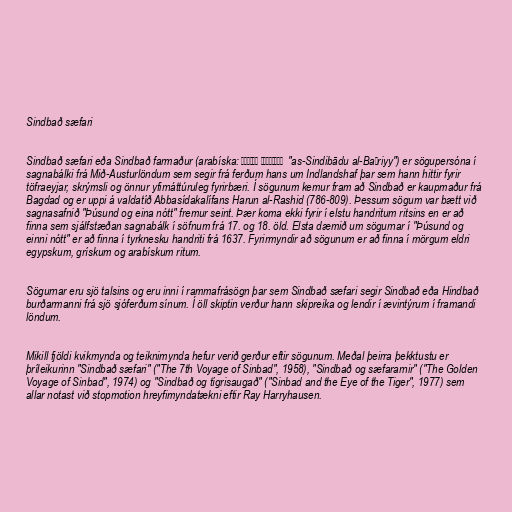
Sindbað sæfari

Sindbað sæfari eða Sindbað farmaður (arabíska: السندباد البحري ‎‎ "as-Sindibādu al-Baḥriyy") er sögupersóna í
sagnabálki frá Mið-Austurlöndum sem segir frá ferðum hans um Indlandshaf þar sem hann hittir fyrir
töfraeyjar, skrýmsli og önnur yfirnáttúruleg fyrirbæri. Í sögunum kemur fram að Sindbað er kaupmaður frá
Bagdad og er uppi á valdatíð Abbasídakalífans Harun al-Rashid (786-809). Þessum sögum var bætt við
sagnasafnið "Þúsund og eina nótt" fremur seint. Þær koma ekki fyrir í elstu handritum ritsins en er að
finna sem sjálfstæðan sagnabálk í söfnum frá 17. og 18. öld. Elsta dæmið um sögurnar í "Þúsund og
einni nótt" er að finna í tyrknesku handriti frá 1637. Fyrirmyndir að sögunum er að finna í mörgum eldri
egypskum, grískum og arabískum ritum.

Sögurnar eru sjö talsins og eru inni í rammafrásögn þar sem Sindbað sæfari segir Sindbað eða Hindbað
burðarmanni frá sjö sjóferðum sínum. Í öll skiptin verður hann skipreika og lendir í ævintýrum í framandi
löndum.

Mikill fjöldi kvikmynda og teiknimynda hefur verið gerður eftir sögunum. Meðal þeirra þekktustu er
þríleikurinn "Sindbað sæfari" ("The 7th Voyage of Sinbad", 1958), "Sindbað og sæfararnir" ("The Golden
Voyage of Sinbad", 1974) og "Sindbað og tígrisaugað" ("Sinbad and the Eye of the Tiger", 1977) sem
allar notast við stopmotion hreyfimyndatækni eftir Ray Harryhausen.